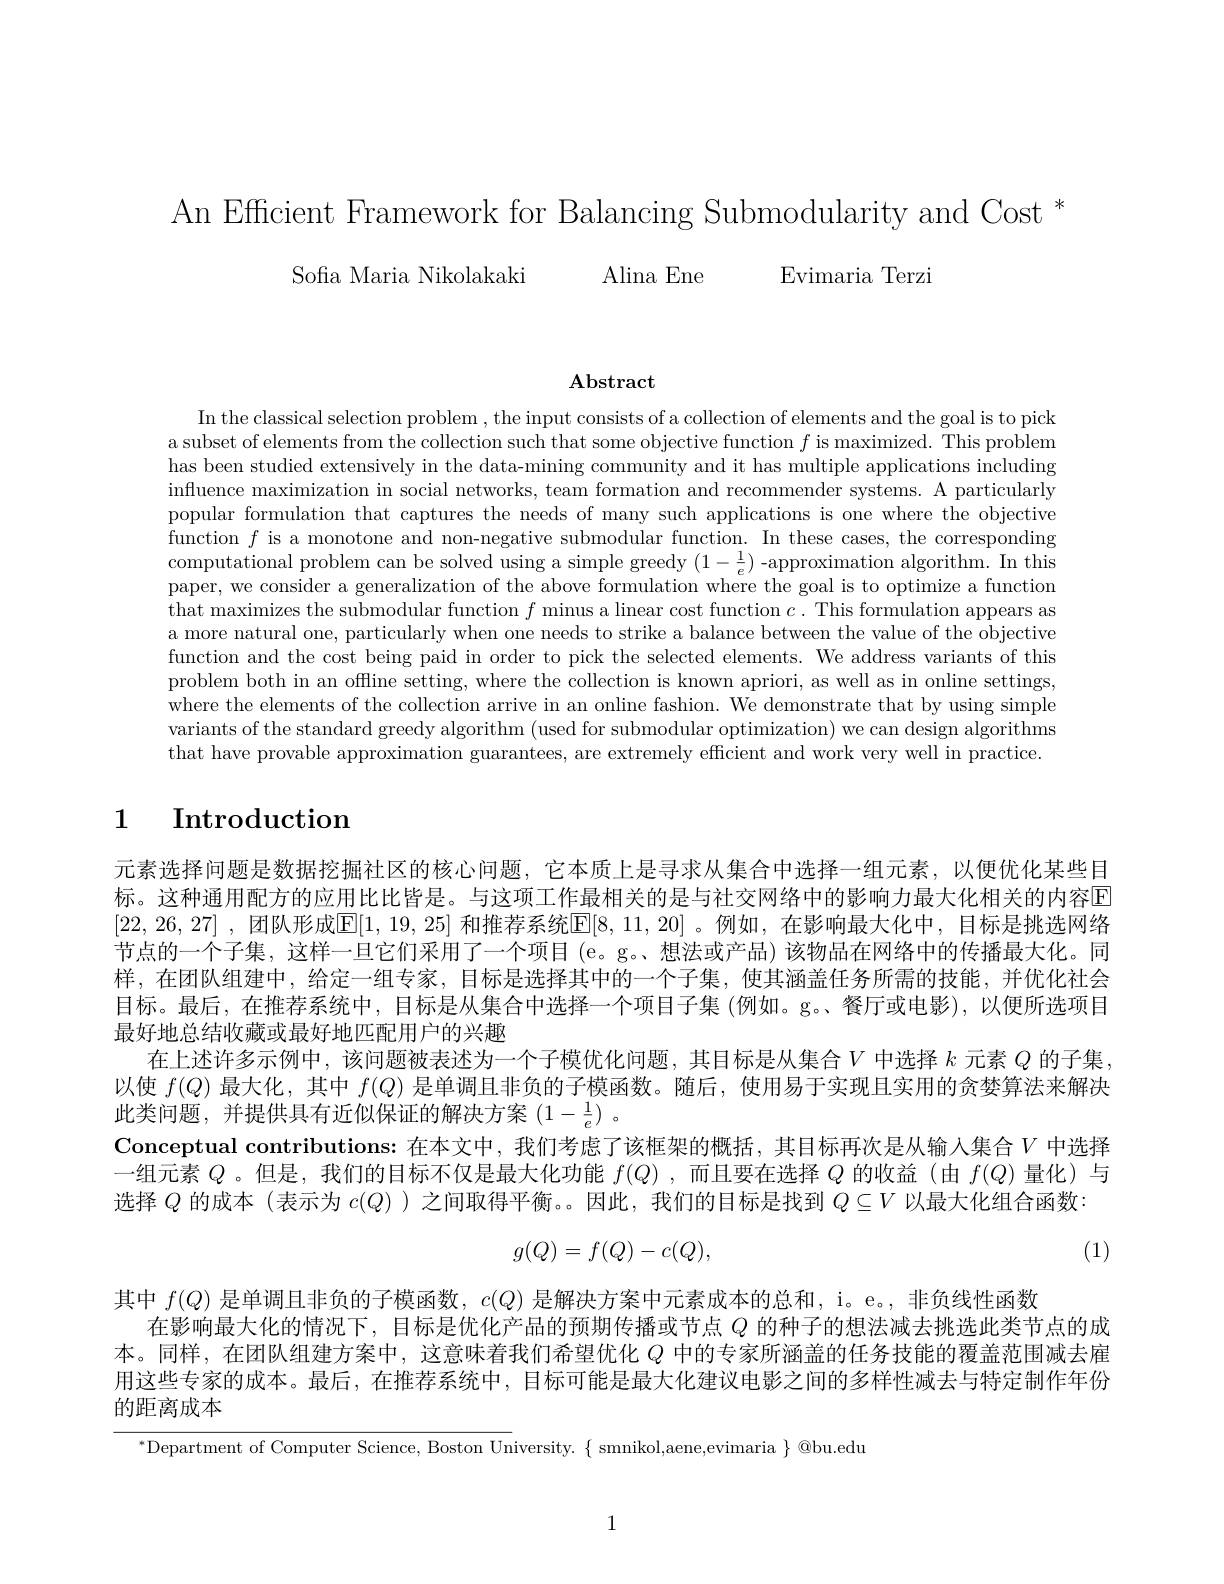
An Efficient Framework for Balancing Submodularity and Cost *
Sofa Maria Nikolakaki Alina Ene Evimaria Terzi

$\mathbf{Abstract}$

In the classical selection problem , the input consists of a collection of elements and the goal is to pick a subset of elements from the collection such that some objective function $f$ is maximized. This problem has been studied extensively in the data-mining community and it has multiple applications including influence maximization in social networks, team formation and recommender systems. A particularly popular formulation that captures the needs of many such applications is one where the objective function $f$ is a monotone and non-negative submodular function. In these cases, the corresponding computational problem can be solved using a simple greedy $(1-\frac1e)$ -approximation algorithm. In this paper, we consider a generalization of the above formulation where the goal is to optimize a function that maximizes the submodular function $f$ minus a linear cost function $c.$ This formulation appears as a more natural one, particularly when one needs to strike a balance between the value of the objective function and the cost being paid in order to pick the selected elements. We address variants of this problem both in an offline setting, where the collection is known apriori, as well as in online settings, where the elements of the collection arrive in an online fashion. We demonstrate that by using simple variants of the standard greedy algorithm (used for submodular optimization) we can design algorithms that have provable approximation guarantees, are extremely efficient and work very well in practice.

# 1 Introduction

元素选择问题是数据挖掘社区的核心问题，它本质上是寻求从集合中选择一组元素，以便优化某些目标。这种通用配方的应用比比皆是。与这项工作最相关的是与社交网络中的影响力最大化相关的内容E [22,26,27] ,团队形成$[\mathbb{E}[1,19,25]$ 和推荐系统$\mathbb{E}[8,11,20]$ 。例如，在影响最大化中，目标是挑选网络节点的一个子集，这样一旦它们采用了一个项目(e。g。、想法或产品)该物品在网络中的传播最大化。同样，在团队组建中，给定一组专家，目标是选择其中的一个子集，使其涵盖任务所需的技能，并优化社会目标。最后，在推荐系统中，目标是从集合中选择一个项目子集 (例如。g。餐厅或电影),以便所选项目最好地总结收藏或最好地匹配用户的兴趣
在上述许多示例中，该问题被表述为一个子模优化问题，其目标是从集合$V$中选择$k$元素$Q$的子集以使$f(Q)$最大化，其中$f(Q)$是单调且非负的子模函数。随后，使用易于实现且实用的贪婪算法来解决此类问题，并提供具有近似保证的解决方案$(1-\frac{1}{e})$。
Conceptual contributions:在本文中，我们考虑了该框架的概括，其目标再次是从输入集合$V$ 中选择一组元素$Q$ 。但是，我们的目标不仅是最大化功能$f(Q)$ ,而且要在选择$Q$的收益 (由$f(Q)$量化)与选择$Q$的成本 (表示为$c(Q)$ )之间取得平衡。。因此，我们的目标是找到$Q\subseteq V$以最大化组合函数：
$$g(Q)=f(Q)-c(Q),$$
(1)

其中$f(Q)$是单调且非负的子模函数，$c(Q)$是解决方案中元素成本的总和，i。e。,非负线性函数
在影响最大化的情况下，目标是优化产品的预期传播或节点$Q$的种子的想法减去挑选此类节点的成本。同样，在团队组建方案中，这意味着我们希望优化$Q$中的专家所涵盖的任务技能的覆盖范围减去雇用这些专家的成本。最后，在推荐系统中，目标可能是最大化建议电影之间的多样性减去与特定制作年份

的距离成本

$^{*}$Department of Computer Science, Boston University.$\{$ smnikol,aene,evimaria $\}$@bu.edu

1